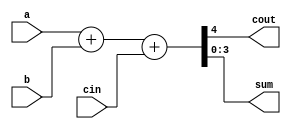
module add4_2(cout,sum,a,b,cin);
output[3:0] sum;
output cout;
input[3:0] a,b;
input cin;
assign {cout,sum}=a+b+cin;
endmodule